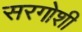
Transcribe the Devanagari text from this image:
सरगोशी